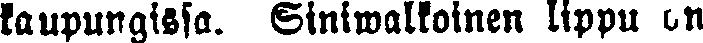
kaupungissa. Siniwalkoinen lippu on